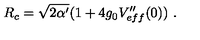
R _ { c } = \sqrt { 2 \alpha ^ { \prime } } ( 1 + 4 g _ { 0 } V _ { e f f } ^ { \prime \prime } ( 0 ) ) \ .